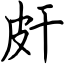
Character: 皯